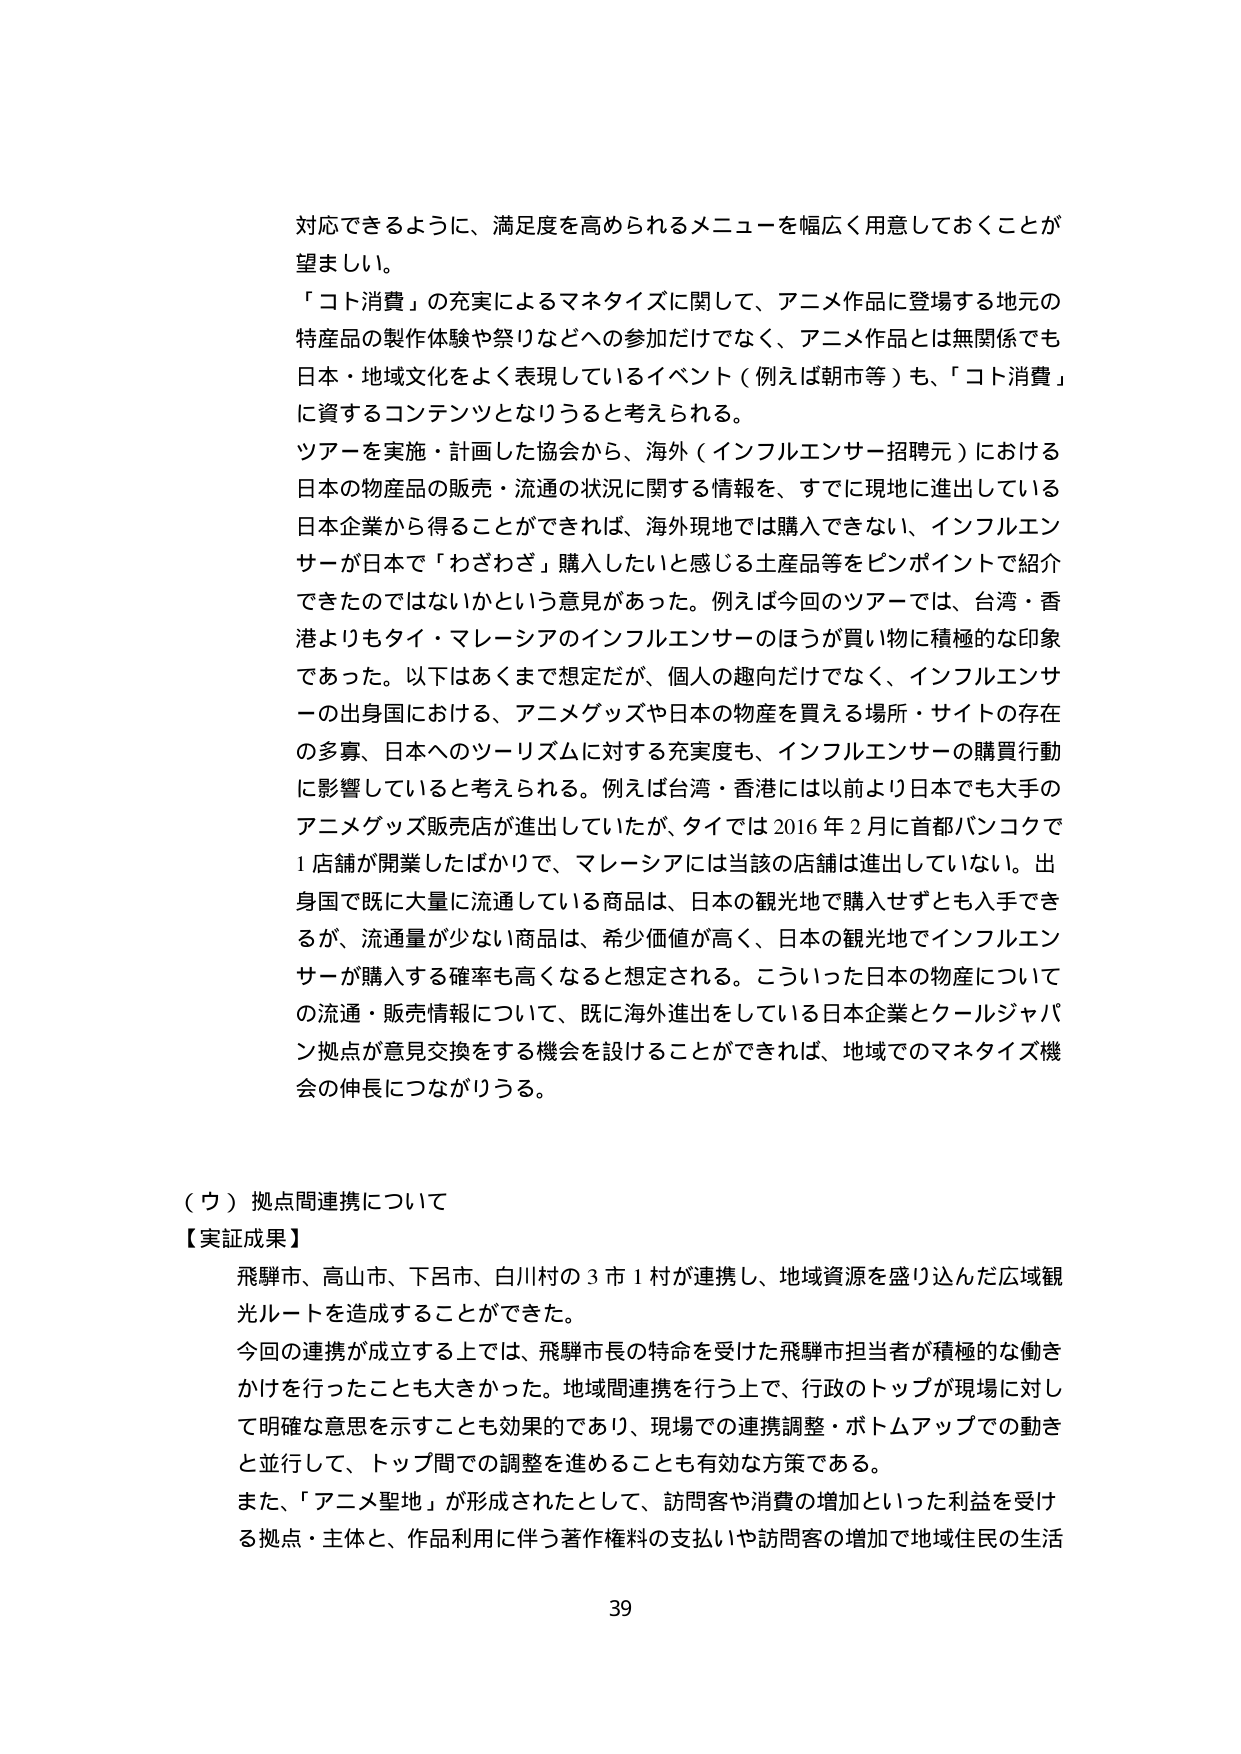
対応できるように、満足度を高められるメニューを幅広く用意しておくことが望ましい。

「コト消費」の充実によるマネタイズに関して、アニメ作品に登場する地元の特産品の製作体験や祭りなどへの参加だけでなく、アニメ作品とは無関係でも日本・地域文化をよく表現しているイベント（例えば朝市等）も、「コト消費」に資するコンテンツとなりうると考えられる。

ツアーを実施・計画した協会から、海外（インフルエンサー招聘元）における日本の物産品の販売・流通の状況に関する情報を、すでに現地に進出している日本企業から得ることができれば、海外現地では購入できない、インフルエンサーが日本で「わざわざ」購入したいと感じる土産品等をピンポイントで紹介できたのではないかという意見があった。例えば今回のツアーでは、台湾・香港よりもタイ・マレーシアのインフルエンサーのほうが買い物に積極的な印象であった。以下はあくまで想定だが、個人の趣向だけでなく、インフルエンサーの出身国における、アニメグッズや日本の物産を買える場所・サイトの存在の多寡、日本へのツーリズムに対する充実度も、インフルエンサーの購買行動に影響していると考えられる。例えば台湾・香港には以前より日本でも大手のアニメグッズ販売店が進出していたが、タイでは2016年2月に首都バンコクで1店舗が開業したばかりで、マレーシアには当該の店舗は進出していない。出身国で既に大量に流通している商品は、日本の観光地で購入せずとも入手できるが、流通量が少ない商品は、希少価値が高く、日本の観光地でインフルエンサーが購入する確率も高くなると想定される。こういった日本の物産についての流通・販売情報について、既に海外進出をしている日本企業とクールジャパン拠点が意見交換をする機会を設けることができれば、地域でのマネタイズ機会の伸長につながりうる。

（ウ）拠点間連携について

【実証成果】

飛騨市、高山市、下呂市、白川村の3市1村が連携し、地域資源を盛り込んだ広域観光ルートを造成することができた。

今回の連携が成立する上では、飛騨市長の特命を受けた飛騨市担当者が積極的な働きかけを行ったことも大きかった。地域間連携を行う上で、行政のトップが現場に対して明確な意思を示すことも効果的であり、現場での連携調整・ボトムアップでの動きと並行して、トップ間での調整を進めることも有効な方策である。

また、「アニメ聖地」が形成されたとして、訪問客や消費の増加といった利益を受ける拠点・主体と、作品利用に伴う著作権料の支払いや訪問客の増加で地域住民の生活

39